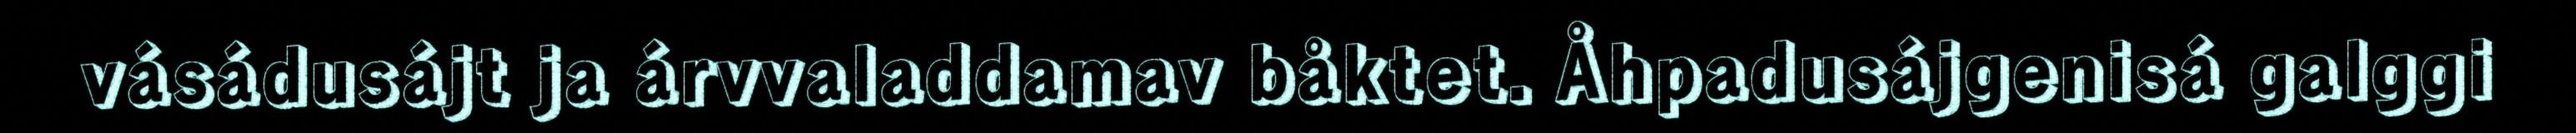
vásádusájt ja árvvaladdamav båktet. Åhpadusájgenisá galggi